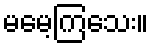
မမေ့ကြသေး။